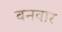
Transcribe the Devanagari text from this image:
बनवार